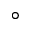
^ { \circ }